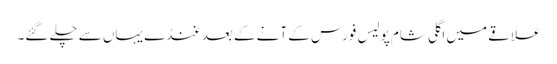
علاقے میں اگلی شام پولیس فورس کے آنے کے بعد غنڈے یہاں سے چلے گئے۔